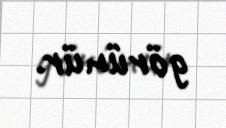
görünür.